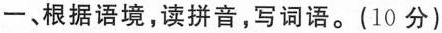
一、根据语境，读拼音，写词语。(10分)